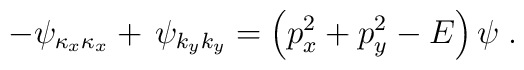
-\psi_{\kappa_x \kappa_x} + \, \psi_{k_y k_y} =	\left( p^2_x + p^2_y - E \right) \psi \; .